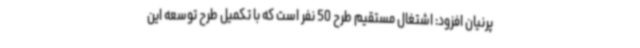
پرنیان افزود: اشتغال مستقیم طرح 50 نفر است که با تکمیل طرح توسعه این